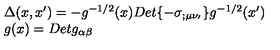
\begin{array} { l l } { \Delta ( x , x ^ { \prime } ) = - g ^ { - 1 / 2 } ( x ) D e t \{ - \sigma _ { ; \mu \nu _ { ' } } \} g ^ { - 1 / 2 } ( x ^ { \prime } ) } \\ { g ( x ) = D e t g _ { \alpha \beta } } \\ \end{array}